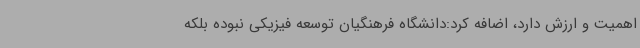
اهمیت و ارزش دارد، اضافه کرد:دانشگاه فرهنگیان توسعه فیزیکی نبوده بلکه